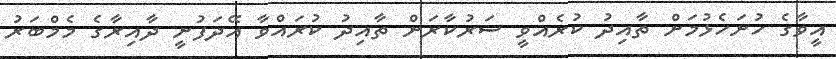
އީވާގެ ހުށަހެޅުމަށް ތާއިދު ކުރެއްވީ ސަރުކާރަށް ތާއިދު ކުރައްވާ އޭދަފުށީ ދާއިރާގެ މެމްބަރު